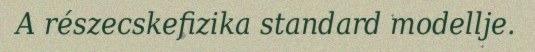
A részecskefizika standard modellje.